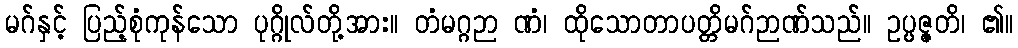
မဂ်နှင့် ပြည့်စုံကုန်သော ပုဂ္ဂိုလ်တို့အား။ တံမဂ္ဂဉာ ဏံ၊ ထိုသောတာပတ္တိမဂ်ဉာဏ်သည်။ ဥပ္ပဇ္ဇတိ၊ ၏။